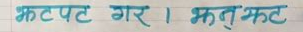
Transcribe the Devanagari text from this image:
झटपट गर । झटु झट